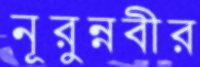
নূরুন্নবীর